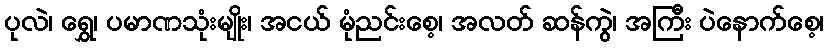
ပုလဲ၊ ရွှေ၊ ပမာဏသုံးမျိုး၊ အငယ် မုံညင်းစေ့၊ အလတ် ဆန်ကွဲ၊ အကြီး ပဲနောက်စေ့၊